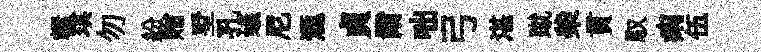
轘琪勿紛贈墅孔蟻尼滙貞爾咄弓湛蹴柴貫馭痢伍